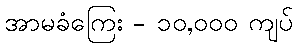
အာမခံကြေး - ၁၀,၀၀၀ ကျပ်